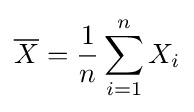
{\overline {X}}={\frac {1}{n}}\sum _{i=1}^{n}X_{i}